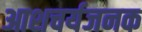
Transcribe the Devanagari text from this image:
आशचर्यजनक